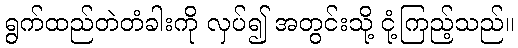
ရွက်ထည်တဲတံခါးကို လှပ်၍ အတွင်းသို့ ငုံ့ကြည့်သည်။